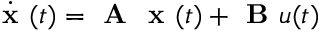
\begin{array} { r } { \dot { \textbf { x } } ( t ) = \textbf { A } \textbf { x } ( t ) + \textbf { B } u ( t ) } \end{array}